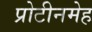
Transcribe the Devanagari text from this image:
प्रोटीनमेह